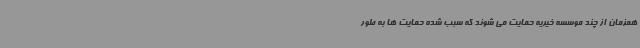
همزمان از چند موسسه خیریه حمایت می شوند که سبب شده حمایت ها به طور